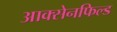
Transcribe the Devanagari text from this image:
आक्सेनफिल्ड